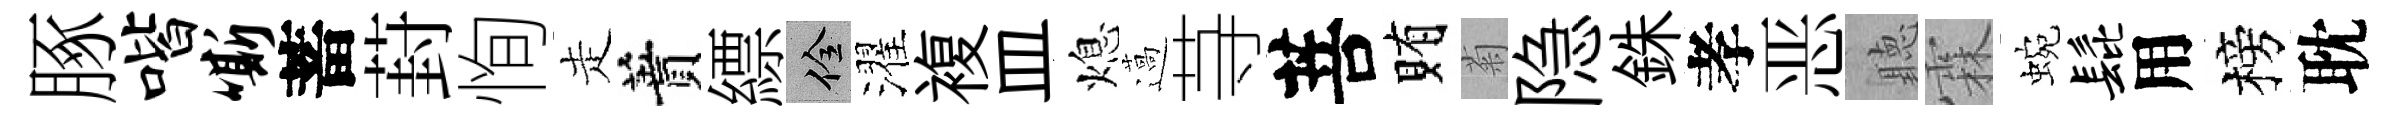
䐁喈嘶蓄葑恂走蕡縹佺濯複皿熄薖䒭菩賄菊隐銖孝恶聽霖蜿髭用榜耽